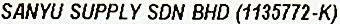
SANYU SUPPLY SDN BHD (1135772-K)